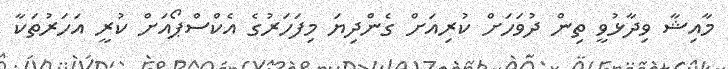
މާއިޝާ ވިދާޅުވީ ތިން ދުވަހަށް ކުރިއަށް ގެންދިޔަ މިފަހަރުގެ އެކްސްޕޯއަށް ކުރީ އަހަރުތަކާ